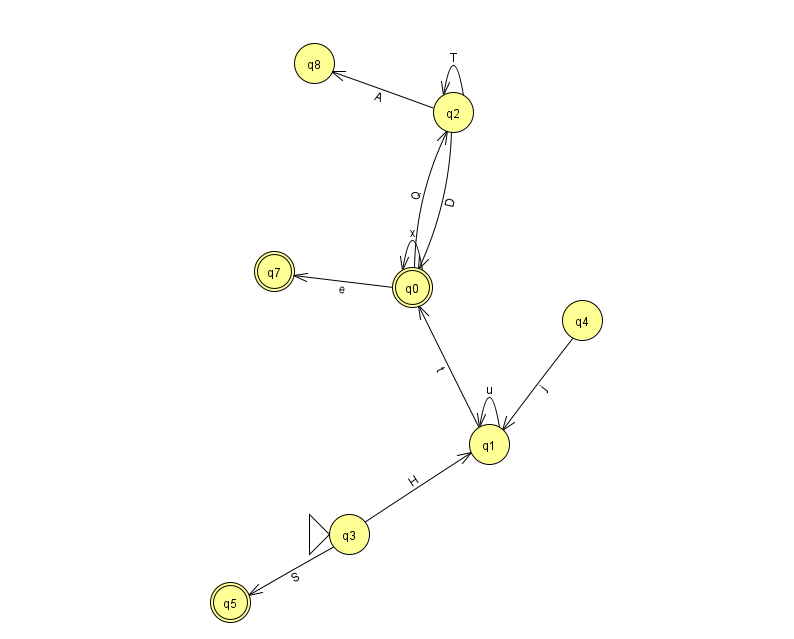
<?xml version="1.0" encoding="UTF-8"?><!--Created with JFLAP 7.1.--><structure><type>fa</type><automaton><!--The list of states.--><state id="0" name="q0"><x>412.0</x><y>274.0</y><final/></state><state id="1" name="q1"><x>489.0</x><y>431.0</y></state><state id="2" name="q2"><x>453.0</x><y>99.0</y></state><state id="3" name="q3"><x>349.0</x><y>521.0</y><initial/></state><state id="4" name="q4"><x>582.0</x><y>307.0</y></state><state id="5" name="q5"><x>230.0</x><y>589.0</y><final/></state><state id="7" name="q7"><x>274.0</x><y>258.0</y><final/></state><state id="8" name="q8"><x>314.0</x><y>50.0</y></state><!--The list of transitions.--><transition><from>2</from><to>0</to><read>D</read></transition><transition><from>1</from><to>0</to><read>t</read></transition><transition><from>0</from><to>7</to><read>e</read></transition><transition><from>0</from><to>2</to><read>Q</read></transition><transition><from>2</from><to>2</to><read>T</read></transition><transition><from>1</from><to>1</to><read>u</read></transition><transition><from>3</from><to>5</to><read>S</read></transition><transition><from>4</from><to>1</to><read>j</read></transition><transition><from>0</from><to>0</to><read>x</read></transition><transition><from>3</from><to>1</to><read>H</read></transition><transition><from>2</from><to>8</to><read>A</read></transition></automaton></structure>